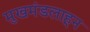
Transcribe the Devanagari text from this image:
मुखमंडलाहून